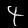
Label: 4